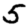
Digit: 5